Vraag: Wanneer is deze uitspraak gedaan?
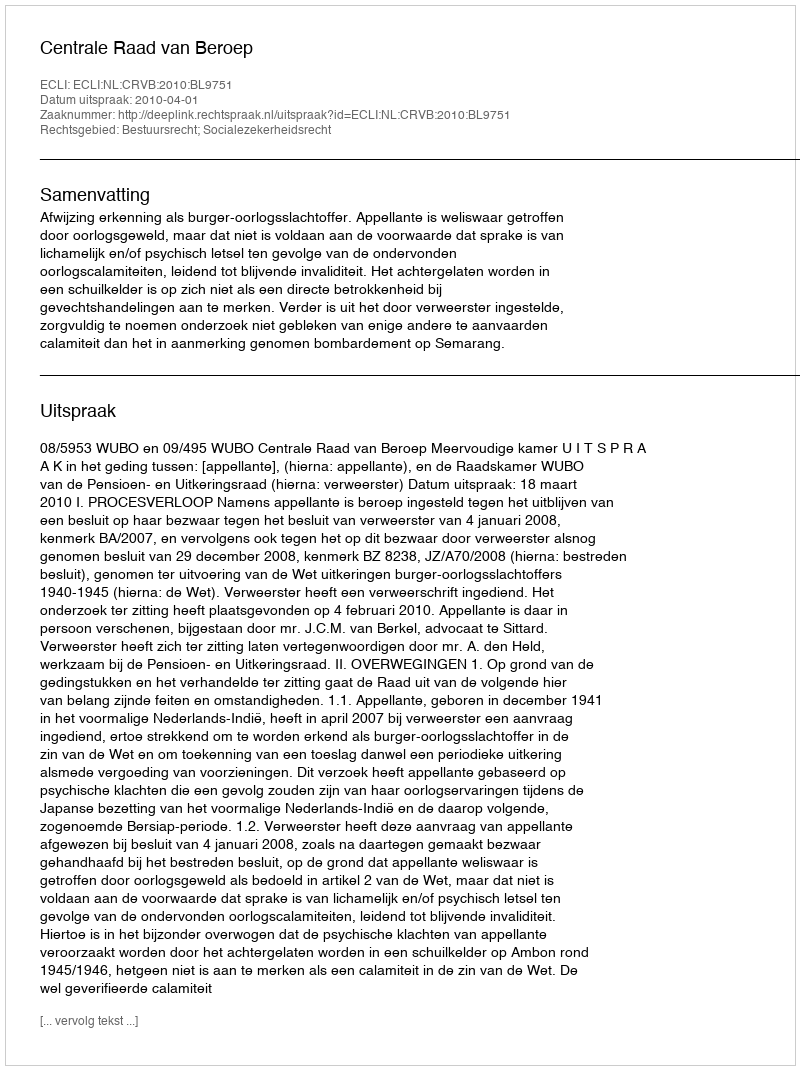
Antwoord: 2010-04-01